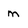
Character: m